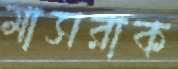
মাসরাক